Trukikaitis_Postimees, lk 26
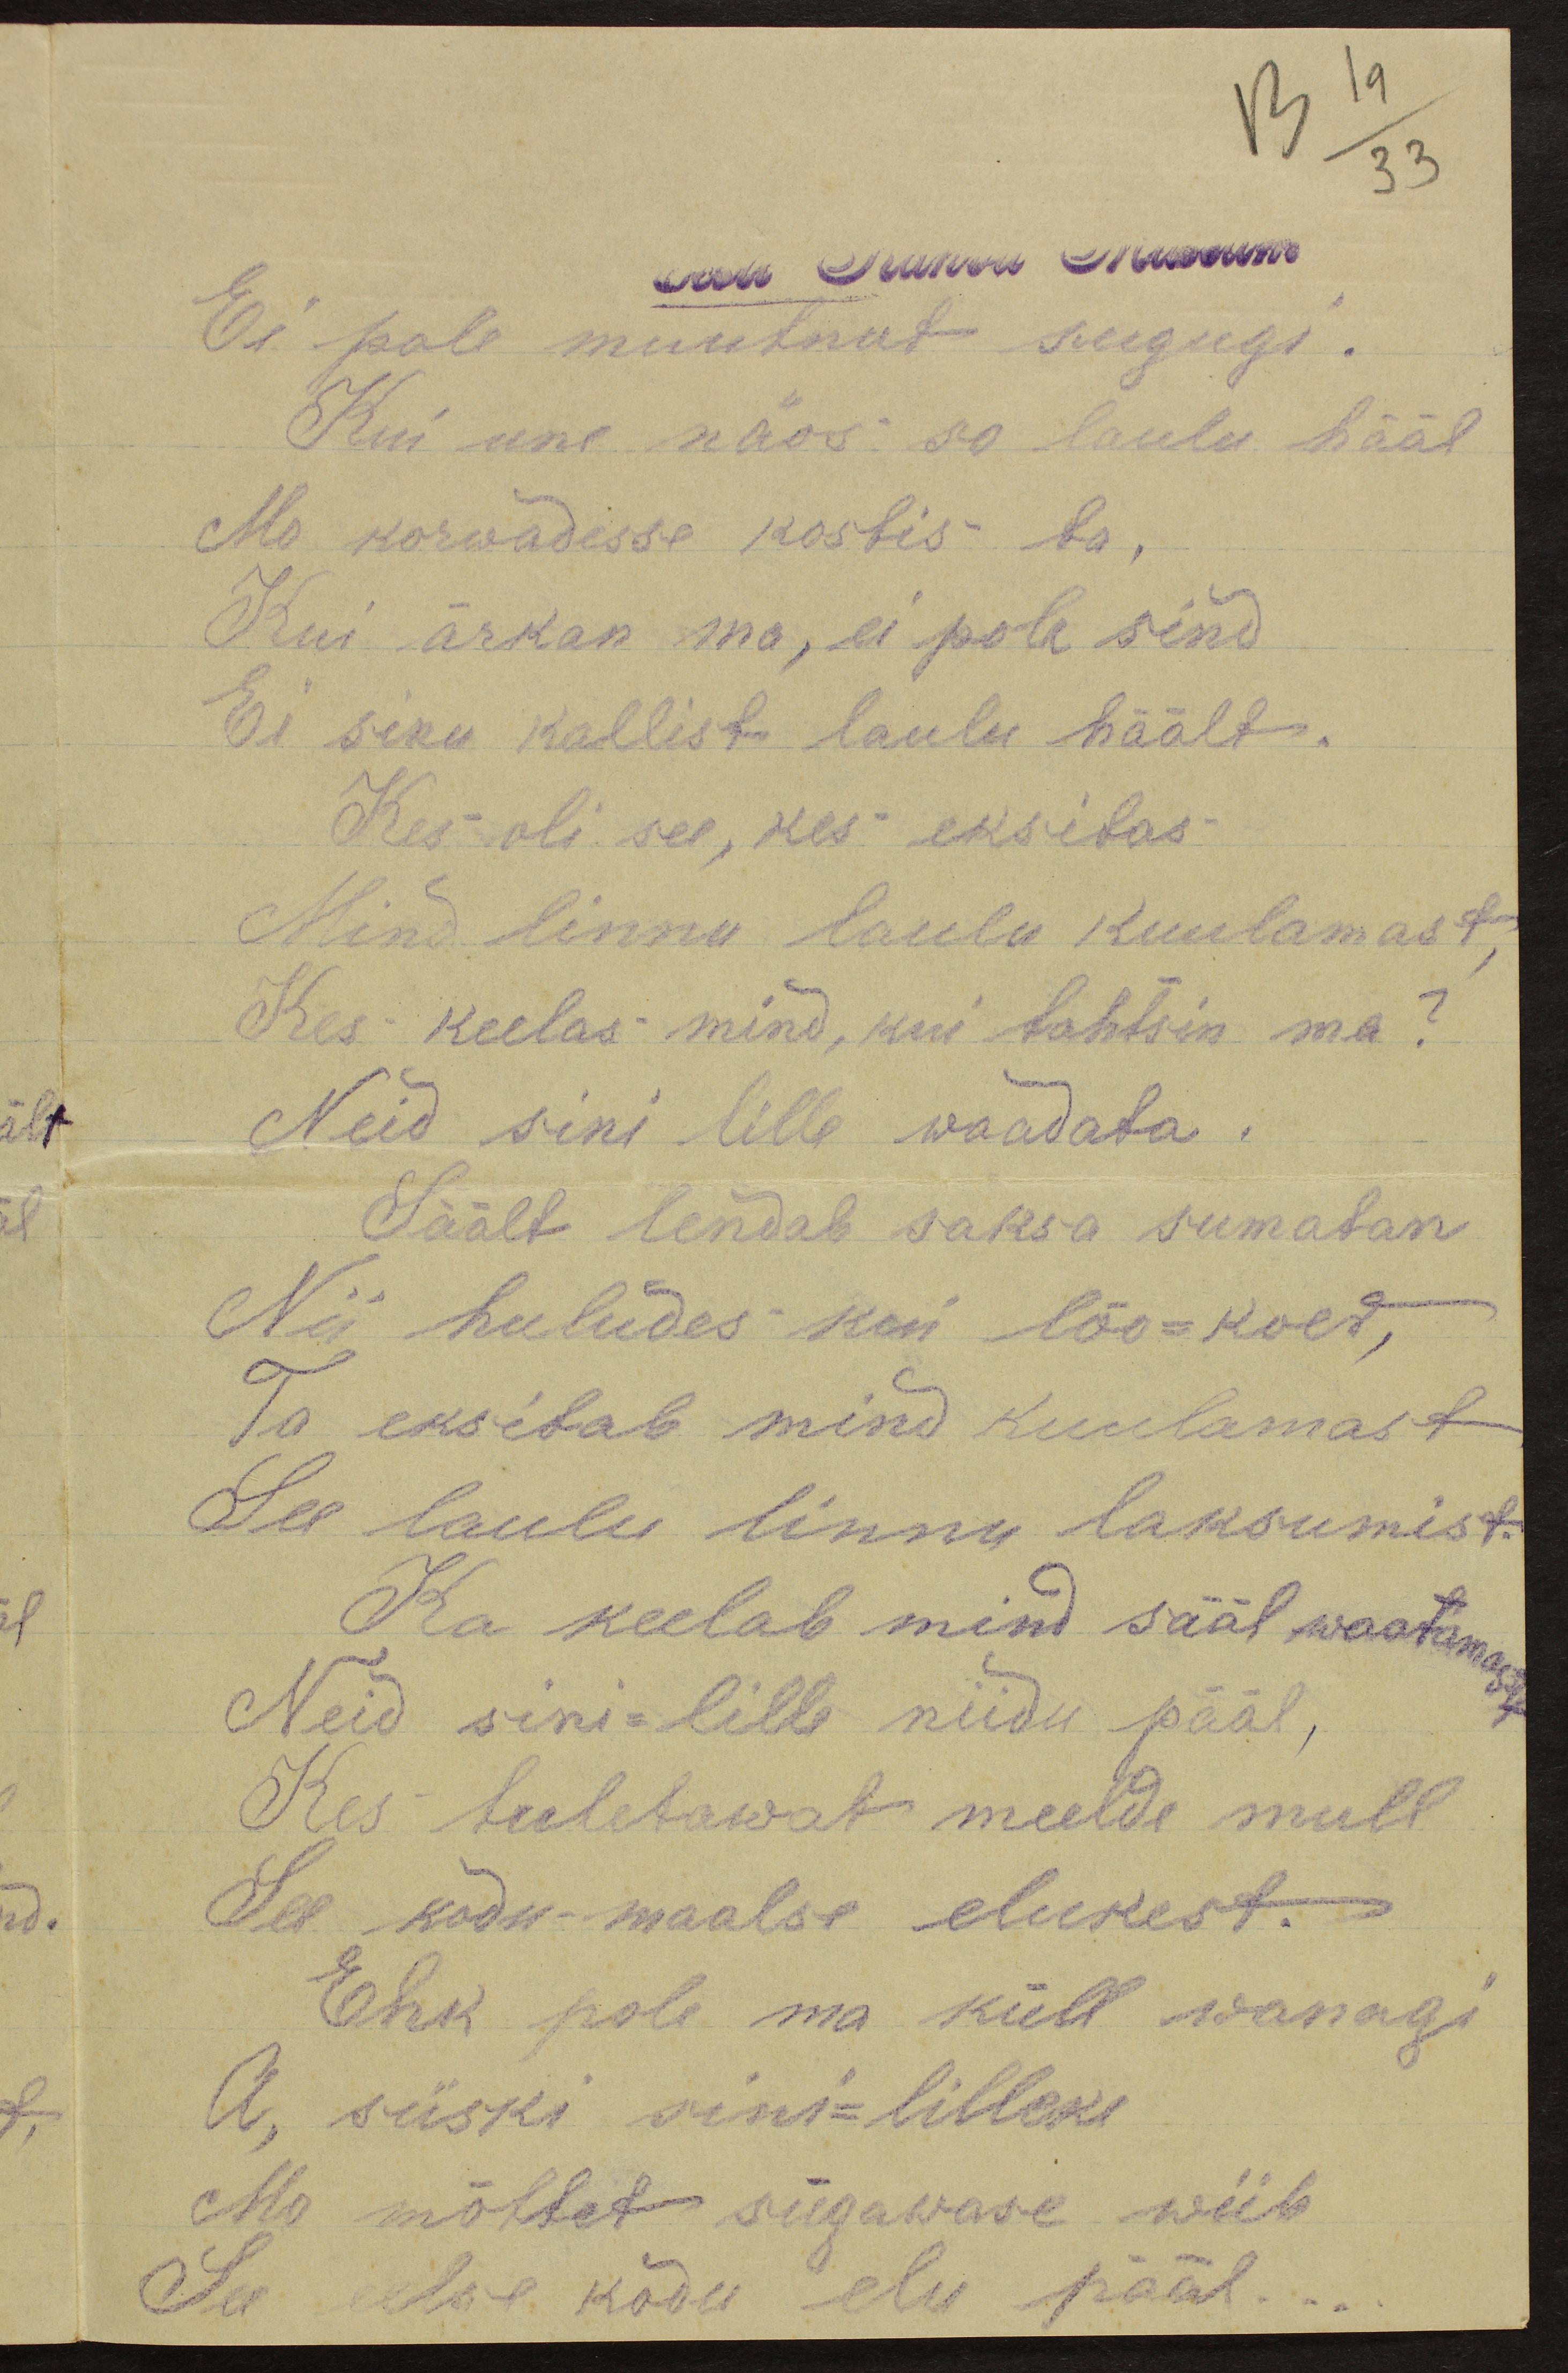
13 19/33
Ei pole muutnut sugugi.
Kui une näos so laulu hääl.
Mo korwadesse kostis ta,
Kui ärkan ma, ei pole sind
Ei sinu kallist laulu häält.
Kes oli see, kes eksitas
Mind linnu laulu kuulamast
Kes keelas mind, kui tahtsin ma?
Neid sini lille waadata.
Säält lendab saksa sumatan
Nii huludes kui lõo-koer,
Ta eksitab mind kuulamast
See laulu linnu laksumist.
Ka keelab mind sääl waatamast
Neid sini-lille niidu pääl,
Kes tuletawat meelde mull
See kodu-maalse elukest.
Ehk pole ma küll wanagi
A, siiski sini-lilleke
Mo mõtted sügawase wiib
See eelse kodu elu pääl...